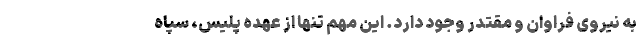
به نیروی فراوان و مقتدر وجود دارد. این مهم تنها از عهده پلیس، سپاه